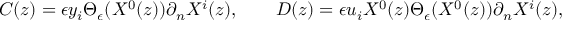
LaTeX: C ( z ) = \epsilon y _ { i } \Theta _ { \epsilon } ( X ^ { 0 } ( z ) ) \partial _ { n } X ^ { i } ( z ) , \qquad D ( z ) = \epsilon u _ { i } X ^ { 0 } ( z ) \Theta _ { \epsilon } ( X ^ { 0 } ( z ) ) \partial _ { n } X ^ { i } ( z ) ,